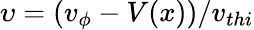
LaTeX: \upsilon=(v_{\phi}-V(x))/v_{thi}